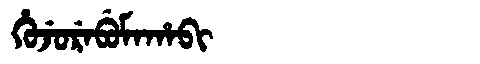
Manchu: ᡥᡠᠵᡠᡵᡝᠪᡠᠮᠠᡥᠠᠪᡳ
Romanization: HUJUREBUMAHABI